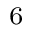
_ 6